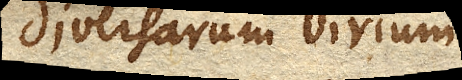
diversarum virium